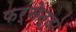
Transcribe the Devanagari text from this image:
फर्नेन्डो